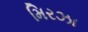
મિરઝા